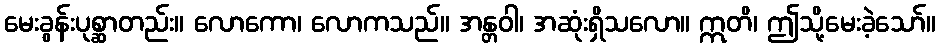
မေးခွန်းပုစ္ဆာတည်း။ လောကော၊ လောကသည်။ အန္တဝါ၊ အဆုံးရှိသလော။ ဣတိ၊ ဤသို့မေးခဲ့သော်။